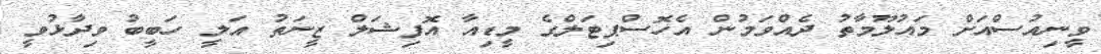
ވީނިއުސްއަށް މައުލޫމާތު ދެއްވަމުން އެހޮސްޕިޓަލްގެ މީޑިއާ އޮފިޝަލް ޒީނަތު އަލީ ހަބީބު ވިދާޅުވީ